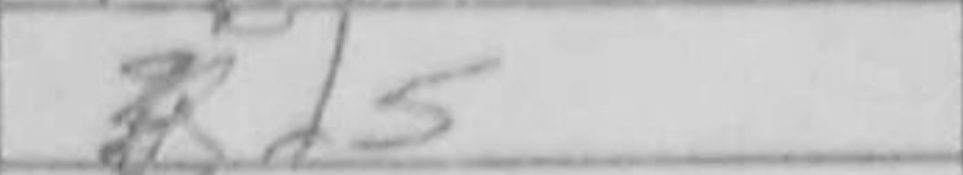
Transcription: Bd5